Distribution and causation of leprosy in British India
Year: 1875
Disease focus: Leprosy
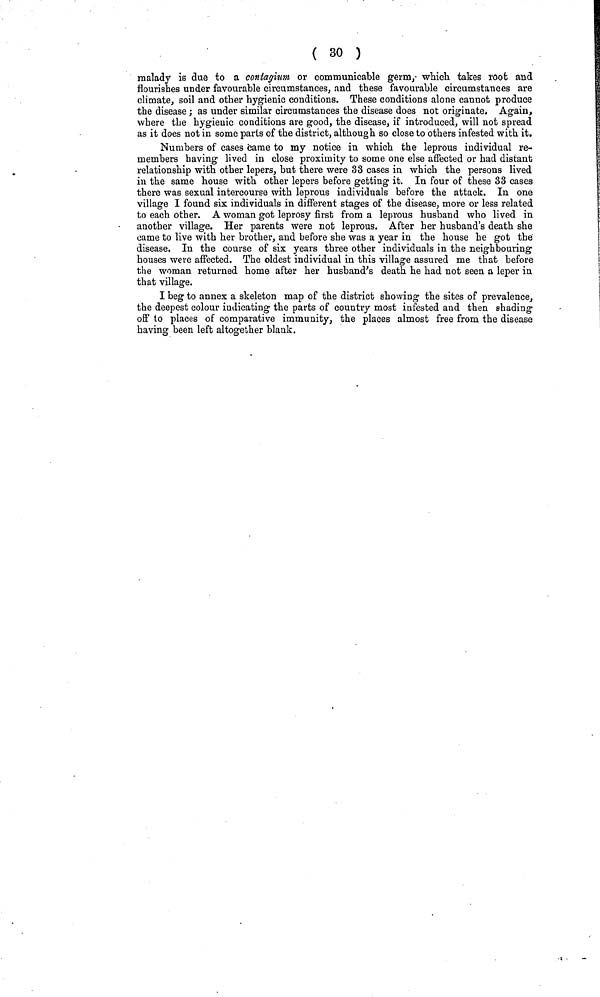
( 30 )
malady is due to a contagium or communicable germ, which takes root and
flourishes under favourable circumstances, and these favourable circumstances are
climate, soil and other hygienic conditions. These conditions alone cannot produce
the disease ; as under similar circumstances the disease does not originate. Again,
where the hygienic conditions are good, the disease, if introduced, will not spread
as it does not in some parts of the district, although so close to others infested with it.
Numbers of cases came to my notice in which the leprous individual re-
members having lived in close proximity to some one else affected or had distant
relationship with other lepers, but there were 33 cases in which the persons lived
in the same house with other lepers before getting it. In four of these 33 cases
there was sexual intercourse with leprous individuals before the attack. In one
village I found six individuals in different stages of the disease, more or less related
to each other. A woman got leprosy first from a leprous husband who lived in
another village. Her parents were not leprous. After her husband's death she
came to live with her brother, and before she was a year in the house he got the
disease. In the course of six years three other individuals in the neighbouring
houses were affected. The oldest individual in this village assured me that before
the woman returned home after her husband's death he had not seen a leper in
that village.
I beg to annex a skeleton map of the district showing the sites of prevalence,
the deepest colour indicating the parts of country most infested and then shading
off to places of comparative immunity, the places almost free from the disease
having been left altogether blank.